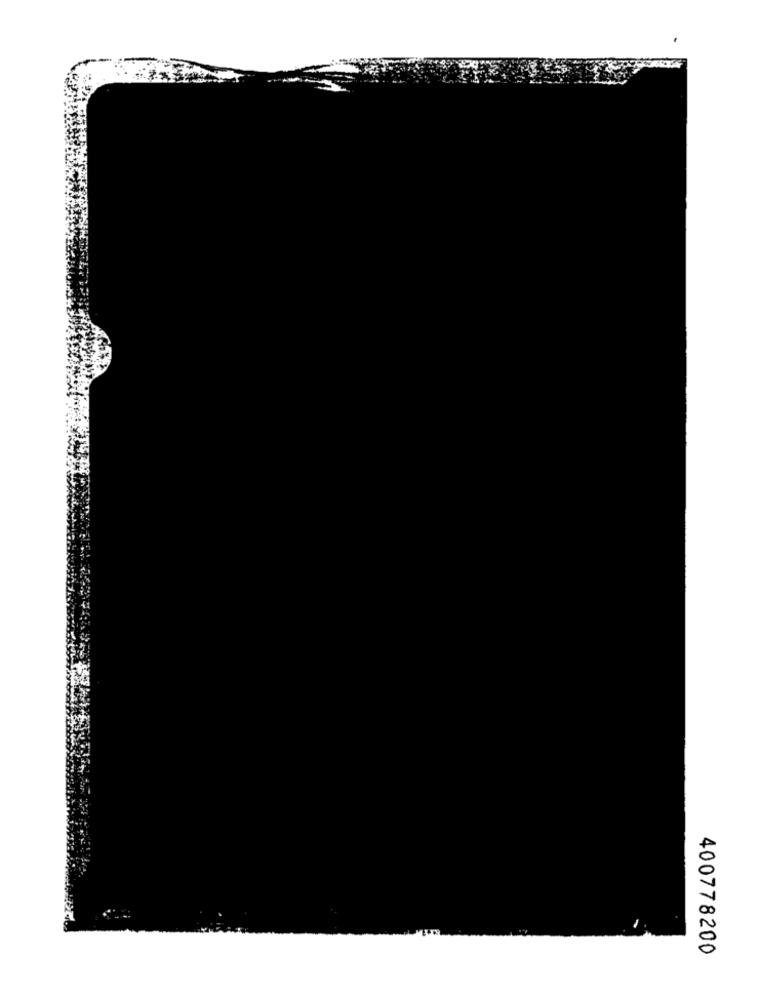
400778200